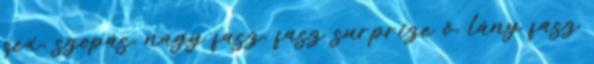
sex, szopás, nagy fasz, fasz surprize ő, lány fasz